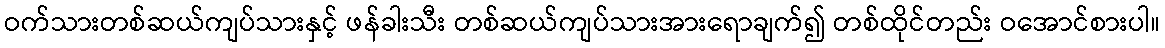
ဝက်သားတစ်ဆယ်ကျပ်သားနှင့် ဖန်ခါးသီး တစ်ဆယ်ကျပ်သားအားရောချက်၍ တစ်ထိုင်တည်း ဝအောင်စားပါ။